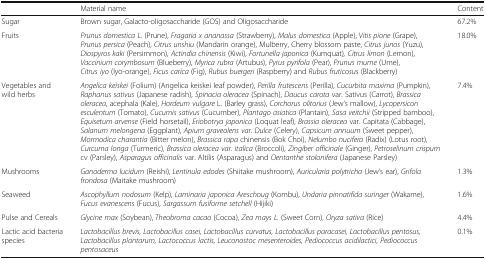
<table><thead><tr><td></td><td><b>Material name</b></td><td><b>Content</b></td></tr></thead><tbody><tr><td>Sugar</td><td>Brown sugar, Galacto-oligosaccharide (GOS) and Oligosaccharide</td><td>67.2%</td></tr><tr><td>Fruits</td><td><i>Prunus domestica L.</i> (Prune), <i>Fragaria x ananassa</i> (Strawberry), <i>Malus domestica</i> (Apple), <i>Vitis pione</i> (Grape), <i>Prunus persica</i> (Peach), <i>Citrus unshiu</i> (Mandarin orange), Mulberry, Cherry blossom paste, <i>Citrus junos</i> (Yuzu), <i>Diospyros kaki</i> (Persimmon), <i>Actindia chinensis</i> (Kiwi), <i>Fortunella japonica</i> (Kumquat)<i>, Citrus limon</i> (Lemon), <i>Vaccinium corymbosum</i> (Blueberry), <i>Myrica rubra</i> (Artubus), <i>Pyrus pyrifola</i> (Pear), <i>Prunus mume</i> (Ume), <i>Citrus iyo</i> (Iyo-orange), <i>Ficus carica</i> (Fig), <i>Rubus buergeri</i> (Raspberry) and <i>Rubus fruticosus</i> (Blackberry)</td><td>18.0%</td></tr><tr><td>Vegetables and wild herbs</td><td><i>Angelica keiskei</i> (Folium) (Angelica keiskei leaf powder), <i>Perilla frutescens</i> (Perilla), <i>Cucurbita maxima</i> (Pumpkin), <i>Raphanus sativus</i> (Japanese radish), <i>Spinacia oleracea</i> (Spinach), <i>Daucus carota</i> var. Sativus (Carrot), <i>Brassica oleracea</i>, acephala (Kale), <i>Hordeum vulgare</i> L. (Barley grass), <i>Corchorus olitorius</i> (Jew’s mallow), <i>Lycopersicon esculentum</i> (Tomato), <i>Cucumis sativus</i> (Cucumber), <i>Plantago asiatica</i> (Plantain), <i>Sasa veitchii</i> (Stripped bamboo), <i>Equisetum arvense</i> (Field horsetail), <i>Eriobotrya japonica</i> (Loquat leaf), <i>Brassia oleracea</i> var. Capitata (Cabbage), <i>Salanum melongena</i> (Eggplant), <i>Apium graveolens var. Dulce</i> (Celery), <i>Capsicum annuum</i> (Sweet pepper), <i>Mormodica charantia</i> (Bitter melon), <i>Brassica rapa</i> chinensis (Bok Choi), <i>Nelumbo nucifera</i> (Radix) (Lotus root), <i>Curcuma longa</i> (Turmeric), <i>Brassica oleracea var. italica</i> (Broccoli), <i>Zingiber officinale</i> (Ginger), <i>Petroselinum crispum</i> cv (Parsley), <i>Asparagus officinalis</i> var. Altilis (Asparagus) and <i>Oentanthe stolonifera</i> (Japanese Parsley)</td><td>7.4%</td></tr><tr><td>Mushrooms</td><td><i>Ganoderma lucidum</i> (Reishi), <i>Lentinula edodes</i> (Shiitake mushroom), <i>Auricularia polytricha</i> (Jew’s ear), <i>Grifola frondosa</i> (Maitake mushroom)</td><td>1.3%</td></tr><tr><td>Seaweed</td><td><i>Ascophyllum nodosum</i> (Kelp), <i>Laminaria japonica Areschoug</i> (Kombu), <i>Undaria pinnatifida suringer</i> (Wakame), <i>Fucus evanescens</i> (Fucus), <i>Sargassum fusiforme setchell</i> (Hijiki)</td><td>1.6%</td></tr><tr><td>Pulse and Cereals</td><td><i>Glycine max</i> (Soybean), <i>Theobroma cacao</i> (Cocoa), <i>Zea mays L.</i> (Sweet Corn), <i>Oryza sativa</i> (Rice)</td><td>4.4%</td></tr><tr><td>Lactic acid bacteria species</td><td><i>Lactobacillus brevis, Lactobacillus casei, Lactobacillus curvatus, Lactobacillus paracasei, Lactobacillus pentosus, Lactobacillus plantarum, Lactococcus lactis, Leuconostoc mesenteroides, Pediococcus acidilactici, Pediococcus pentosaceus</i></td><td>0.1%</td></tr></tbody></table>